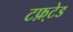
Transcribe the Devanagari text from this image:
टफ़्टेड